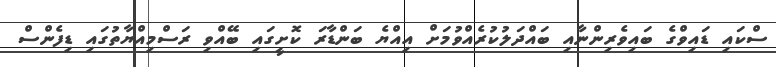
ސްކައި ޑައިވްގެ ބައިވެރިންނާއި ބައްދަލުކުރެއްވުމަށް އިއްޔެ ބަންޑާރަ ކޮށީގައި ބޭއްވި ރަސްމިއްޔާތުގައި ޑިފެންސް